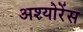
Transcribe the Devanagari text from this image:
अश्योरेंस